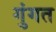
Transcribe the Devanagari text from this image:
गुंगत